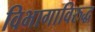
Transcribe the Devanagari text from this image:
विभागाविरुद्ध